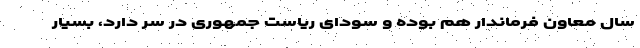
سال معاون فرماندار هم بوده و سودای ریاست جمهوری در سر دارد، بسیار